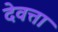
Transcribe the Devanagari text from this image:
देवत्ता